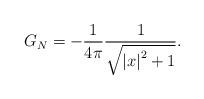
LaTeX: \begin{align*}G_{N}=-\frac{1}{4\pi }\frac{1}{\sqrt{\left\vert x\right\vert ^{2}+1}}.\end{align*}